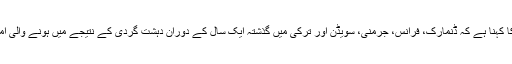
غیرسرکاری تھنک ٹینک کا کہنا ہے کہ ڈنمارک، فرانس، جرمنی، سویڈن اور ترکی میں گذشتہ ایک سال کے دوران دہشت گردی کے نتیجے میں ہونے والی اموات بلند ترین سطح پر ہیں۔